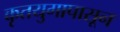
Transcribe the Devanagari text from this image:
कृतयुगापासून